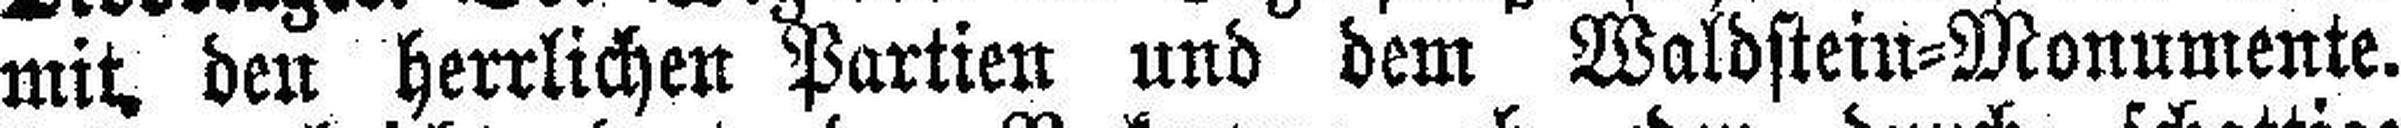
mit den herrlichen Partien und dem Waldstein-Monumente.